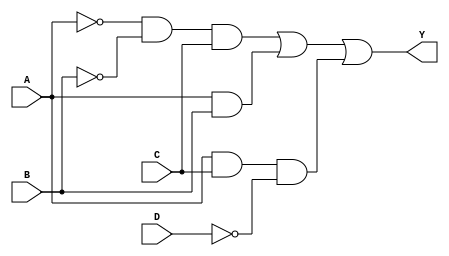
module sop_simplification (
    input wire A,    // Input variable A
    input wire B,    // Input variable B
    input wire C,    // Input variable C
    input wire D,    // Input variable D
    output wire Y    // Output Y representing the simplified SOP expression
);

// Intermediate signals for product terms
wire A_not, B_not, C_not, D_not;
wire term1, term2, term3;

// NOT gates for input inversions
not (A_not, A);
not (B_not, B);
not (C_not, C);
not (D_not, D);

// Product terms
and (term1, A_not, B_not, C); // A'B'C
and (term2, A, B);             // AB
and (term3, A, C, D_not);      // ACD'

// OR gate to combine product terms
or (Y, term1, term2, term3);   // Y = A'B'C + AB + ACD'

endmodule